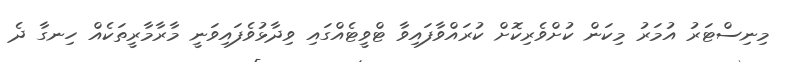
މިނިސްޓަރު އުމަރު މިކަން ކުށްވެރިކޮށް ކުރައްވާފައިވާ ޓްވީޓެއްގައި ވިދާޅުވެފައިވަނީ މާރާމާރީތަކެއް ހިނގާ ދެ